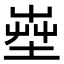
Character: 𡴠